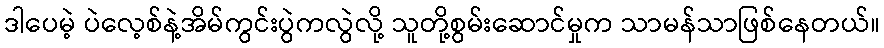
ဒါပေမဲ့ ပဲလေ့စ်နဲ့အိမ်ကွင်းပွဲကလွဲလို့ သူတို့စွမ်းဆောင်မှုက သာမန်သာဖြစ်နေတယ်။